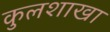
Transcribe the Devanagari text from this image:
कुलशाखा